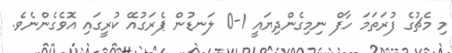
މި މެޗުގެ ފުރަތަމަ ހާފް ނިމިގެންދިޔައީ 1-0 ލަނޑުން ޕެރަގުއޭ ކުރީގައި އޮވެގެންނެވެ.